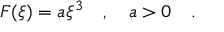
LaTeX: F ( \xi ) = a \xi ^ { 3 } \ \ \ , \ \ \ a > 0 \ \ \ .